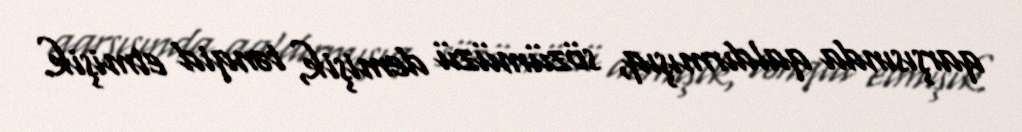
qarşısında qaldırmışıq, sözümüzü demişik, tənqid etmişik.